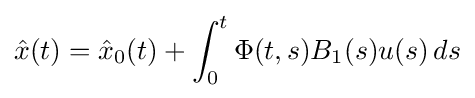
{\hat {x}}(t)={\hat {x}}_{0}(t)+\int _{0}^{t}\Phi (t,s)B_{1}(s)u(s)\,ds